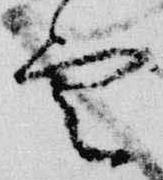
雲